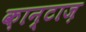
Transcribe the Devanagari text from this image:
क़ान्टाज़